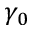
\gamma _ { 0 }